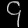
Digit: ၄